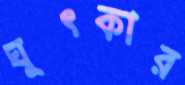
ঘূৎকার